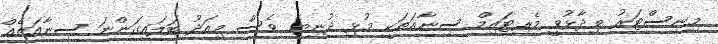
މިނިސްޓަރު ވިދާޅުވީ މެރިޓައިމް ސިނާއަތަކީ މުޅި ދުނިޔެ ވެސް މިއަދު ބަލައިގަންނަ ސިނާއަތެއް